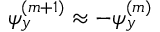
\psi _ { y } ^ { ( m + 1 ) } \approx - \psi _ { y } ^ { ( m ) }